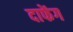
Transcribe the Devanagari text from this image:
दाफेंग